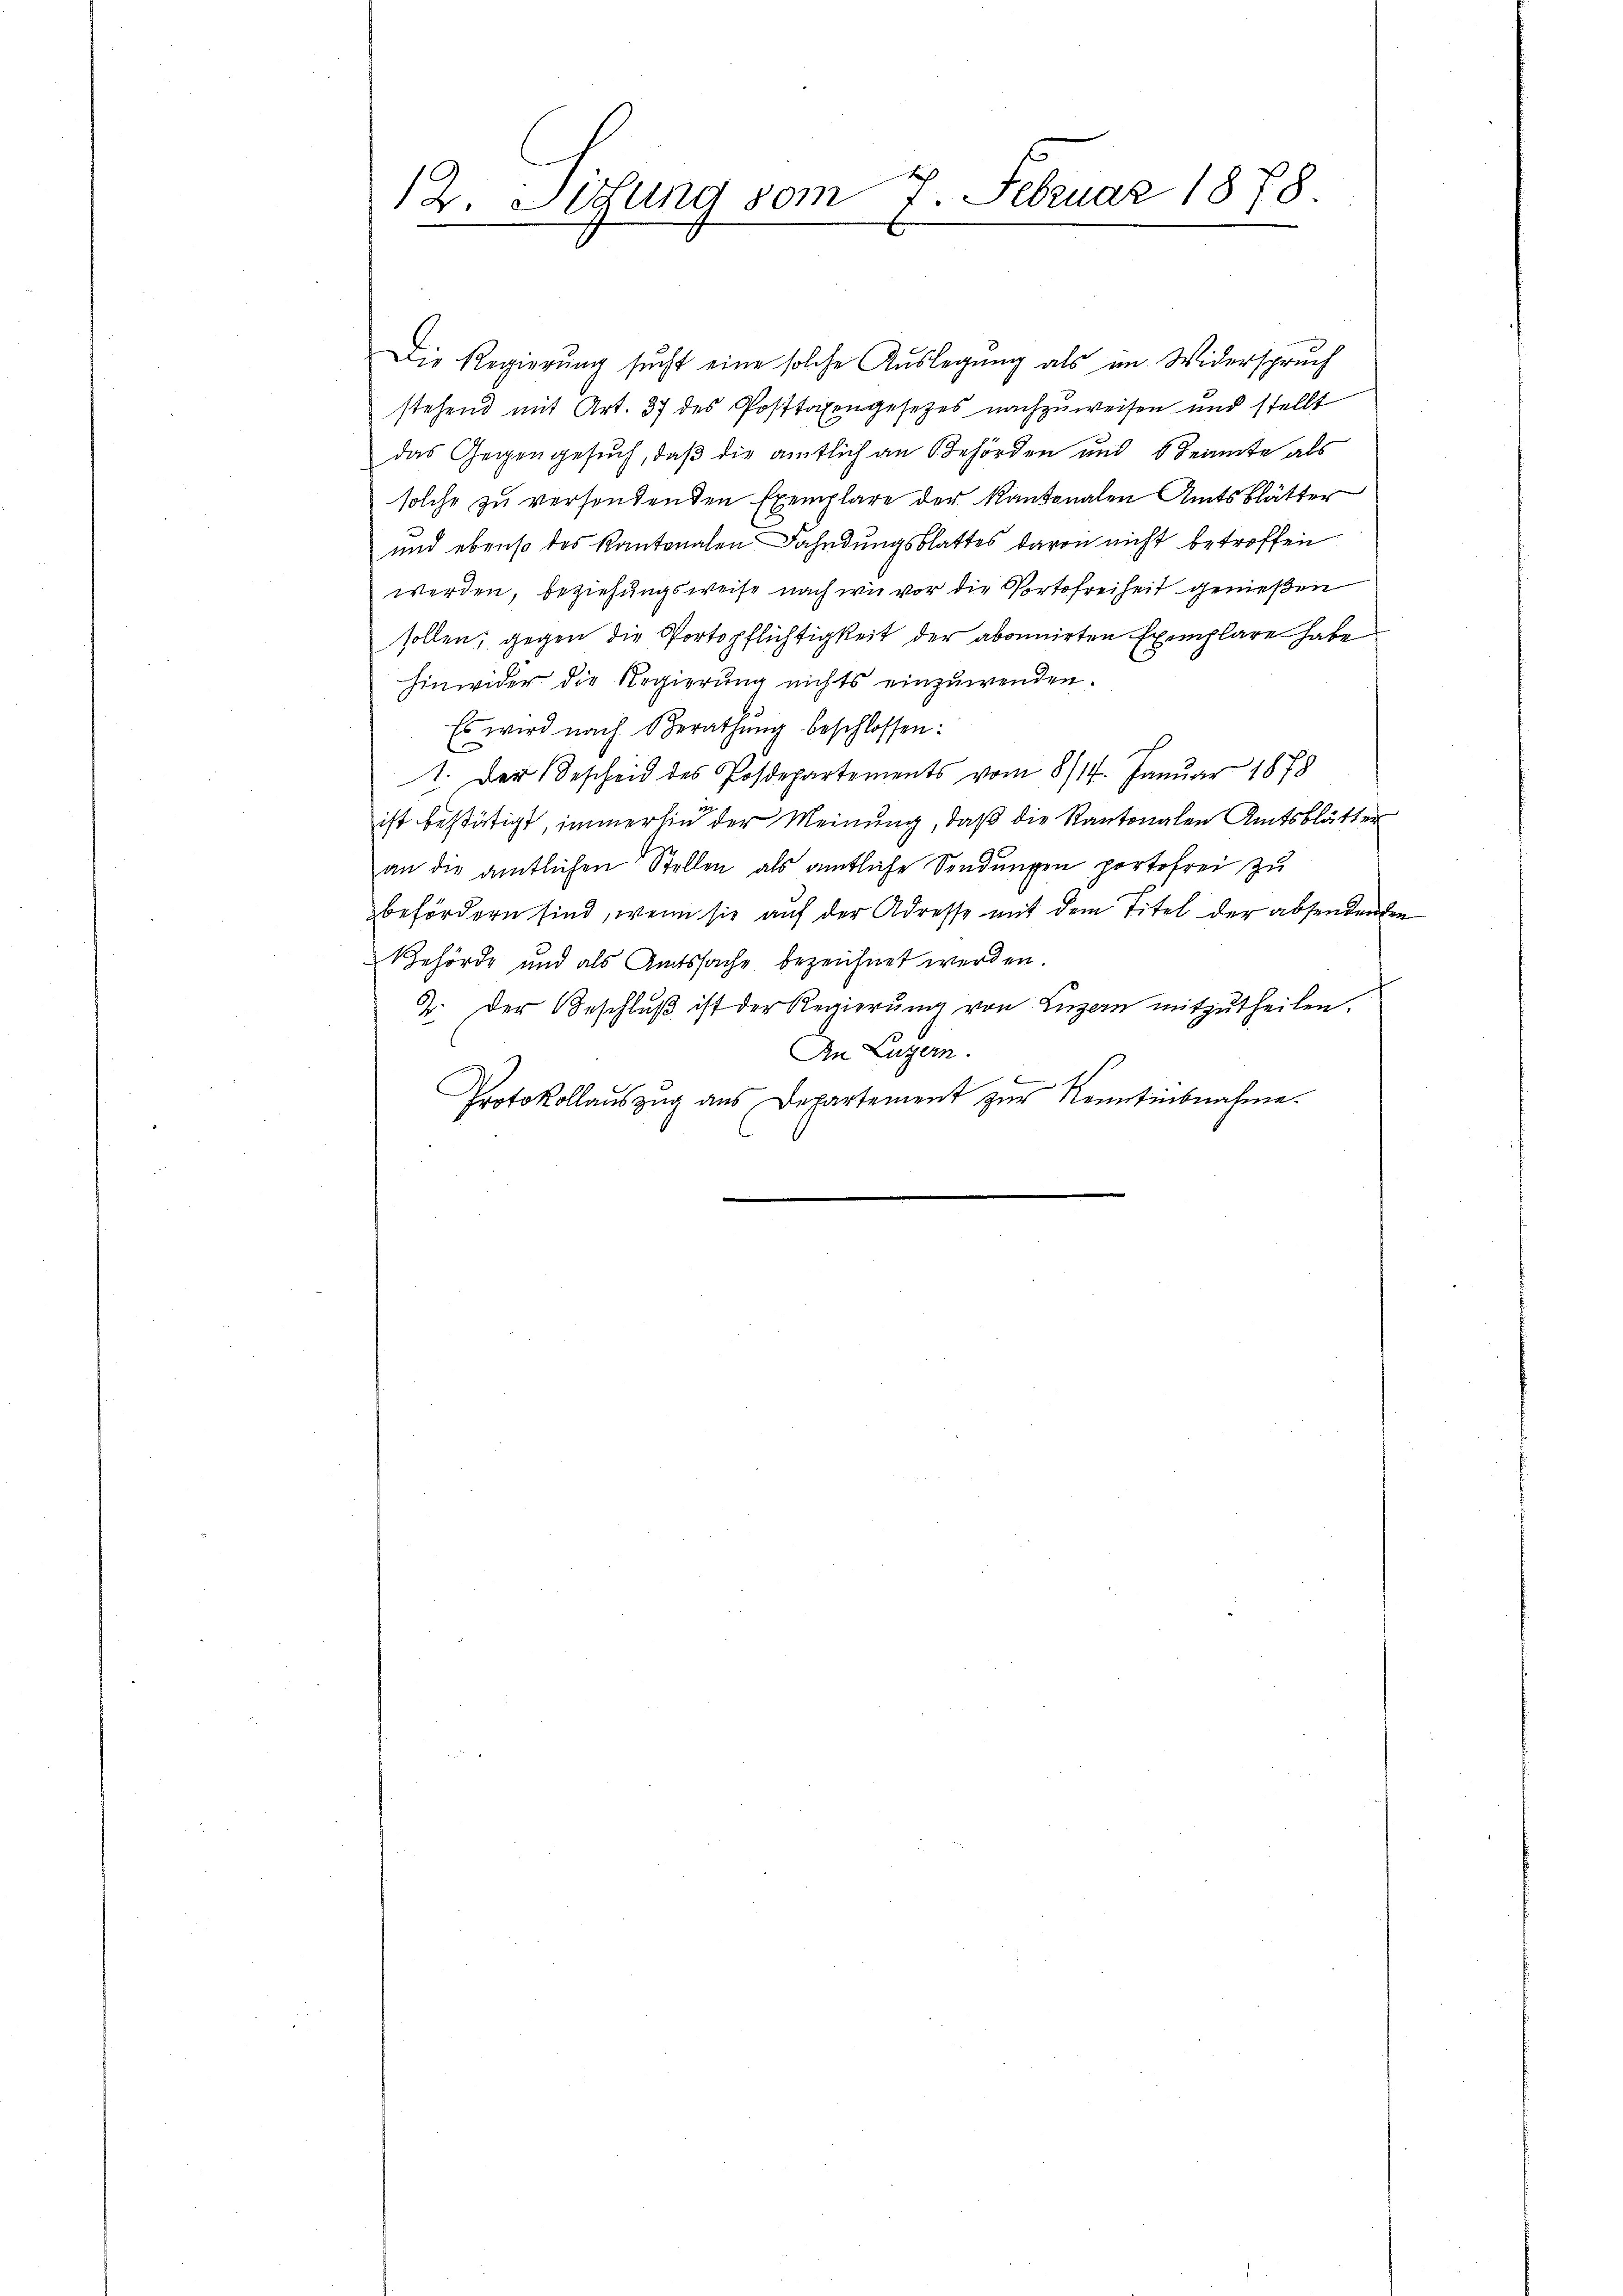
12. Littung vom 7. Februar 1878
.

Die Regierung sucht eine solche Auslegung als im Widerspruch
stehend mit Art. 37 des Posttaxengesetzes nachzuweisen und stellt
das Gegengesuch, daß die amtlich an Behörden und Beamte als
solche zu versendenden Exemplare der Kantonalen Amtsblätter
und ebenso des Kantonalen Fahndungsblattes davon nicht betroffen
werden, beziehungsweise nach wie vor die Portofreiheit genießen
sollen; gegen die Portspflichtigkeit der abonnirten Exemplare habe
hinwider die Regierung nichts einzuwenden.
Es wird nach Berathŭng beschlossen:
1. Der Bescheid des Posdepartements vom 8/14. Januar 1878
ist bestätigt, immerhin der Meinung, daß die Kantonalen Amtsblätter
an die amtlichen Stellen als amtliche Sendungen portofrei zu
befördern sind, wenn sie auf der Adresse mit dem Titel der absendenden
Behörde und als Amtssache bezeichnet werden.
2. Der Beschlŭβ ist der Regierŭng von Luzern mitzŭtheilen.
An Luzern.
,
Protokollauszug aus Departement zur Kenntinbnahme.